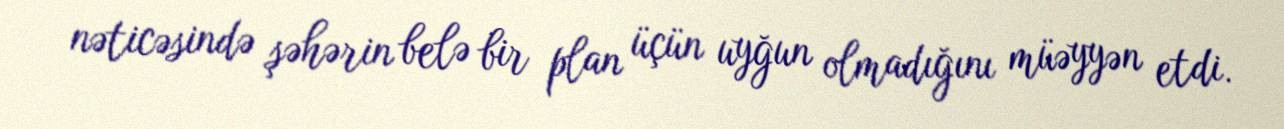
nəticəsində şəhərin belə bir plan üçün uyğun olmadığını müəyyən etdi.